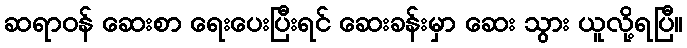
ဆရာဝန် ဆေးစာ ရေးပေးပြီးရင် ဆေးခန်းမှာ ဆေး သွား ယူလို့ရပြီ။